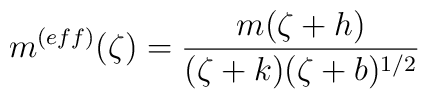
m^{(eff)}(\zeta)=\frac{m(\zeta +h)}{(\zeta +k)(\zeta +b)^{1/2}}